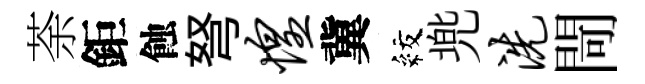
荼鉅蝕弩惶冀紋兠洗閜